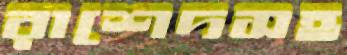
রাশেদসহ